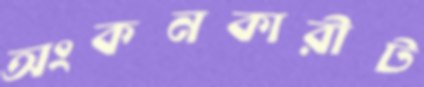
অংকনকারীট